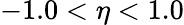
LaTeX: -1.0<\eta<1.0